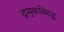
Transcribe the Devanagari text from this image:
द्रमुकविरुद्ध